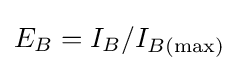
E_{B}=I_{B}/I_{B(\max )}